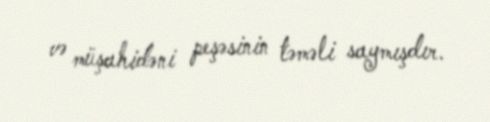
və müşahidəni peşəsinin təməli saymışdır.